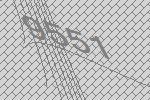
9551